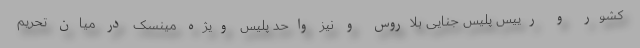
کشور و رییس پلیس جنایی بلاروس و نیز واحد پلیس ویژه مینسک در میان تحریم